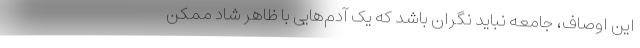
این اوصاف، جامعه نباید نگران باشد که یک آدم‌هایی با ظاهر شاد ممکن